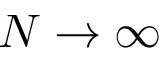
N \to \infty